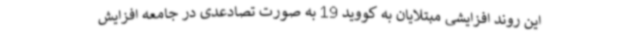
این روند افزایشی مبتلایان به کووید 19 به صورت تصادعدی در جامعه افزایش